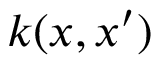
k ( x , x ^ { \prime } )